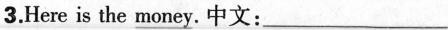
3.Here is the \underline{money}.中文:___